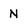
Character: N